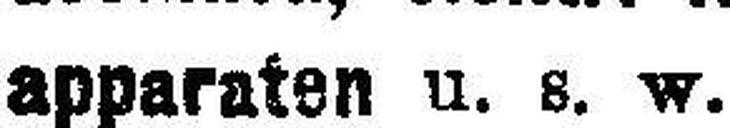
apparaten u. s. w.